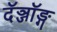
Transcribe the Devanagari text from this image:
दॅञ्जॉङ्ग